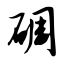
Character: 碉